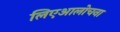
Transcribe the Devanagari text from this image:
लिएआलोचना